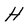
Character: H